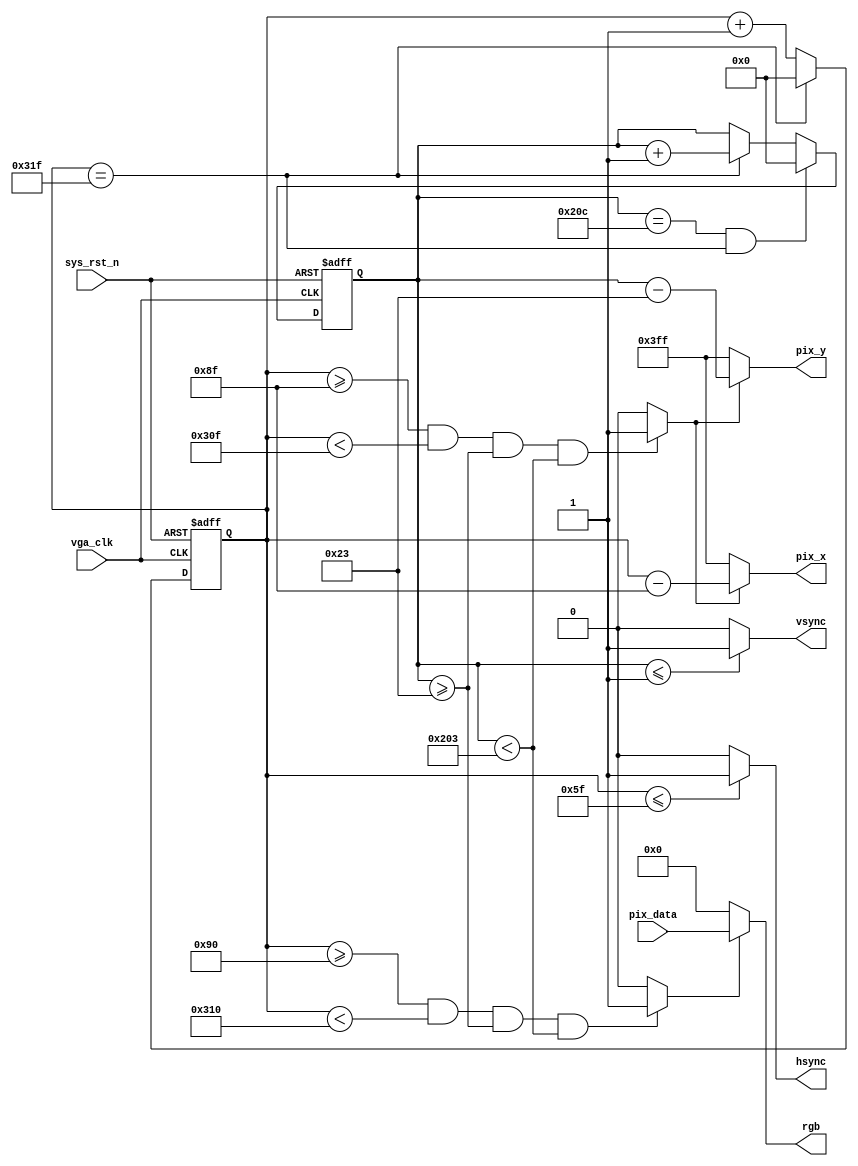
module  vga_ctrl
(
    input   wire            vga_clk     ,
    input   wire            sys_rst_n   ,
    input   wire    [15:0]  pix_data    ,
    
    output  wire    [15:0]  rgb         ,
    output  wire            hsync       ,
    output  wire            vsync       ,
    output  wire    [9:0]   pix_x       ,
    output  wire    [9:0]   pix_y       

);

reg     [9:0]   cnt_h;  
reg     [9:0]   cnt_v;  
wire             rgb_valid;
wire             pix_data_req;

parameter   H_SYNC  =   10'd96  ,
            H_BACK  =   10'd40  ,
            H_LEFT  =   10'd8   ,
            H_VALID =   10'd640 ,
            H_RIGHT =   10'd8   ,
            H_FRONT =   10'd8   ,
            H_TOTAL =   10'd800 ;

parameter   V_SYNC  =   10'd2   ,
            V_BACK  =   10'd25  ,
            V_LEFT  =   10'd8   ,
            V_VALID =   10'd480 ,
            V_RIGHT =   10'd8   ,
            V_FRONT =   10'd2   ,
            V_TOTAL =   10'd525 ;

always@(posedge vga_clk or negedge sys_rst_n)
        if(sys_rst_n == 1'b0)
            cnt_h <= 10'd0;
        else    if(cnt_h == H_TOTAL - 1)
            cnt_h <= 10'd0;
        else
            cnt_h <= cnt_h + 1'b1;

always@(posedge vga_clk or negedge sys_rst_n)
        if(sys_rst_n == 1'b0)
            cnt_v <= 10'd0;
        else    if((cnt_v == V_TOTAL - 1) && (cnt_h == H_TOTAL - 1))
            cnt_v <= 10'd0;
        else    if(cnt_h == H_TOTAL - 1)
            cnt_v <= cnt_v + 1'b1;
        else
            cnt_v <= cnt_v;
            
assign  rgb_valid = ((cnt_h >= H_SYNC + H_BACK + H_LEFT) &&
                      (cnt_h < H_SYNC + H_BACK + H_LEFT + H_VALID) &&
                      (cnt_v >= V_SYNC + V_BACK + V_LEFT) &&
                      (cnt_v < V_SYNC + V_BACK + V_LEFT + V_VALID))
                      ? 1'b1 : 1'b0;
                      
assign  pix_data_req = ((cnt_h >= H_SYNC + H_BACK + H_LEFT - 1) &&
                      (cnt_h < H_SYNC + H_BACK + H_LEFT + H_VALID - 1) &&
                      (cnt_v >= V_SYNC + V_BACK + V_LEFT) &&
                      (cnt_v < V_SYNC + V_BACK + V_LEFT + V_VALID))
                      ? 1'b1 : 1'b0;

assign  hsync = (cnt_h <= H_SYNC - 1) ? 1'b1 : 1'b0;

assign  vsync = (cnt_v <= V_SYNC - 1) ? 1'b1 : 1'b0;

assign  pix_x = (pix_data_req == 1'b1) ? (cnt_h - (H_SYNC + H_BACK + H_LEFT - 1)) : 10'h3ff;

assign  pix_y = (pix_data_req == 1'b1) ? (cnt_v - (V_SYNC + V_BACK + V_LEFT)) : 10'h3ff;

assign  rgb   = (rgb_valid == 1'b1) ? pix_data : 16'h000;


endmodule